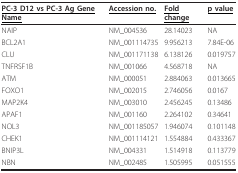
<table><thead><tr><td><b><underline>PC-3 D12 vs PC-3 Ag Gene Name</underline></b></td><td><b><underline>Accession no.</underline></b></td><td><b><underline>Fold change</underline></b></td><td><b><underline>p value</underline></b></td></tr></thead><tbody><tr><td>NAIP</td><td>NM_004536</td><td>28.14023</td><td>NA</td></tr><tr><td>BCL2A1</td><td>NM_001114735</td><td>9.956213</td><td>7.84E-06</td></tr><tr><td>CLU</td><td>NM_001171138</td><td>6.138126</td><td>0.019757</td></tr><tr><td>TNFRSF1B</td><td>NM_001066</td><td>4.568718</td><td>NA</td></tr><tr><td>ATM</td><td>NM_000051</td><td>2.884063</td><td>0.013665</td></tr><tr><td>FOXO1</td><td>NM_002015</td><td>2.746056</td><td>0.0167</td></tr><tr><td>MAP2K4</td><td>NM_003010</td><td>2.456245</td><td>0.13486</td></tr><tr><td>APAF1</td><td>NM_001160</td><td>2.264102</td><td>0.34641</td></tr><tr><td>NOL3</td><td>NM_001185057</td><td>1.946074</td><td>0.101148</td></tr><tr><td>CHEK1</td><td>NM_001114121</td><td>1.554884</td><td>0.433367</td></tr><tr><td>BNIP3L</td><td>NM_004331</td><td>1.514918</td><td>0.113779</td></tr><tr><td>NBN</td><td>NM_002485</td><td>1.505995</td><td>0.051555</td></tr></tbody></table>